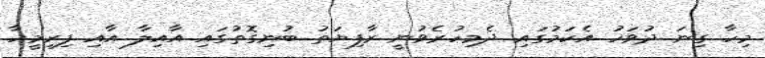
މިހާ ގިނަ ދުވަހު އެކަމުގައި ދެމިހުރެވުނީ ރާފިޔަތު ބުނިގޮތުގައި އާއިލާ އާއި ފިރިމީހާ